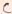
Text: C